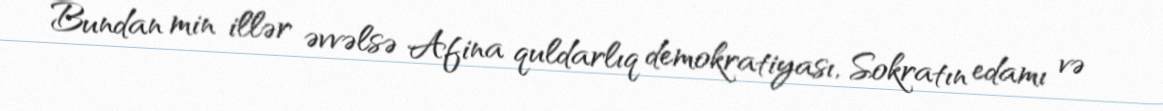
Bundan min illər əvvəlsə Afina quldarlıq demokratiyası, Sokratın edamı və